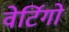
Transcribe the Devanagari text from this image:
वेर्टिगो